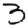
Digit: 3